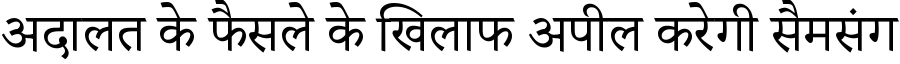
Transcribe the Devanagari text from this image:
अदालत के फैसले के खिलाफ अपील करेगी सैमसंग